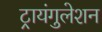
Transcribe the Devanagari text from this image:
ट्रायंगुलेशन